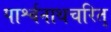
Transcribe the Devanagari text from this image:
पार्श्वनाथचरित्